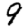
Digit: 9